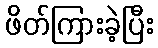
ဖိတ်ကြားခဲ့ပြီး